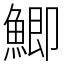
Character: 鯽